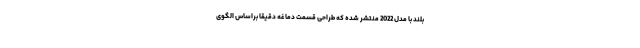
بلند با مدل 2022 منتشر شده که طراحی قسمت دماغه دقیقا براساس الگوی